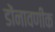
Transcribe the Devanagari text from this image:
डोंनावणीक